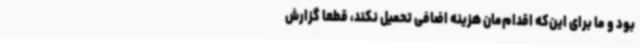
بود و ما برای این‌که اقدام‌مان هزینه اضافی تحمیل نکند، قطعا گزارش